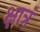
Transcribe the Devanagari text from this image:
क्षात्रं